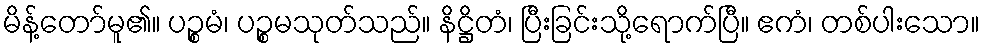
မိန့်တော်မူ၏။ ပဉ္စမံ၊ ပဉ္စမသုတ်သည်။ နိဋ္ဌိတံ၊ ပြီးခြင်းသို့ရောက်ပြီ။ ဧကံ၊ တစ်ပါးသော။